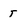
Character: T